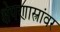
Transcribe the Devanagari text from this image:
क्षेपणास्त्रांवर